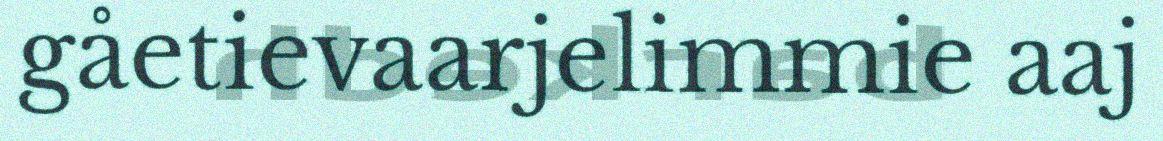
gåetievaarjelimmie aaj